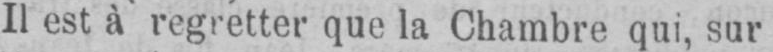
Il est à regretter que la Chambre qui, sur